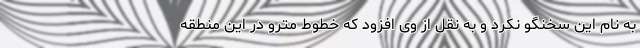
به نام این سخنگو نکرد و به نقل از وی افزود که خطوط مترو در این منطقه